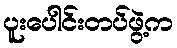
ပူးပေါင်းတပ်ဖွဲ့က